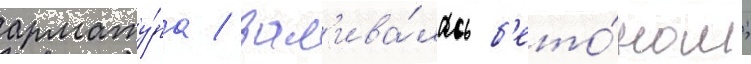
армату́ра / зал'ива́лась б'ето́ном;